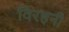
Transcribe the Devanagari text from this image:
विरहनी